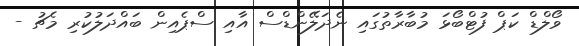
ވޯލްޑް ކަޕް ފުޓްބޯޅަ މުބާރާތުގައި ނެދަލޭންޑްސް އާއި ސްޕެއިން ބައްދަލުކުރި މެޗު -